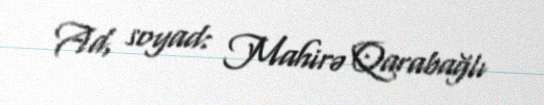
Ad, soyad: Mahirə Qarabağlı